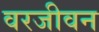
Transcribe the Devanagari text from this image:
वरजीवन